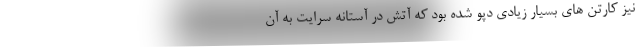
نیز کارتن های بسیار زیادی دپو شده بود که آتش در آستانه سرایت به آن